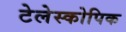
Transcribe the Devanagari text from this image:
टेलेस्कोपिक